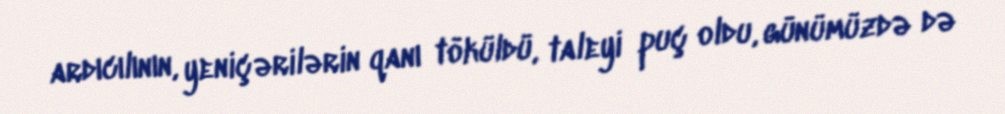
ardıcılının, yeniçərilərin qanı töküldü, taleyi puç oldu, günümüzdə də